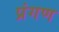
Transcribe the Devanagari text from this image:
प्रंगण